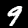
Digit: 9